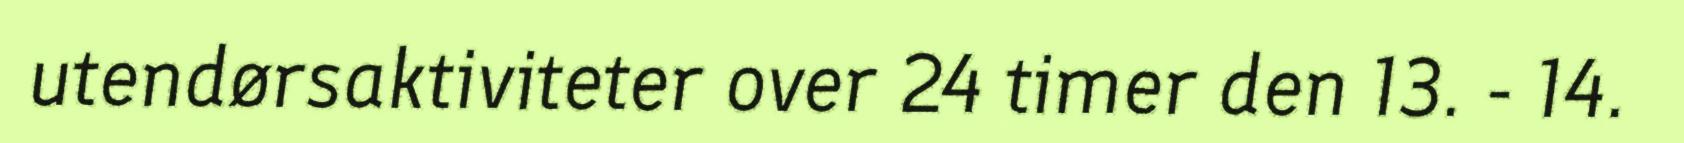
utendørsaktiviteter over 24 timer den 13. - 14.